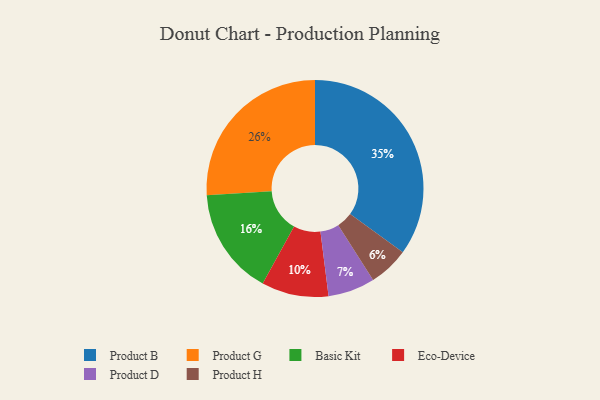
{"axis": {"x": "Category", "y": "Percentage"}, "legend": ["Basic Kit", "Eco-Device", "Product B", "Product D", "Product G", "Product H"], "data": [{"x": "Product B", "y": 35, "type": "Product B"}, {"x": "Basic Kit", "y": 16, "type": "Basic Kit"}, {"x": "Eco-Device", "y": 10, "type": "Eco-Device"}, {"x": "Product D", "y": 7, "type": "Product D"}, {"x": "Product G", "y": 26, "type": "Product G"}, {"x": "Product H", "y": 6, "type": "Product H"}]}